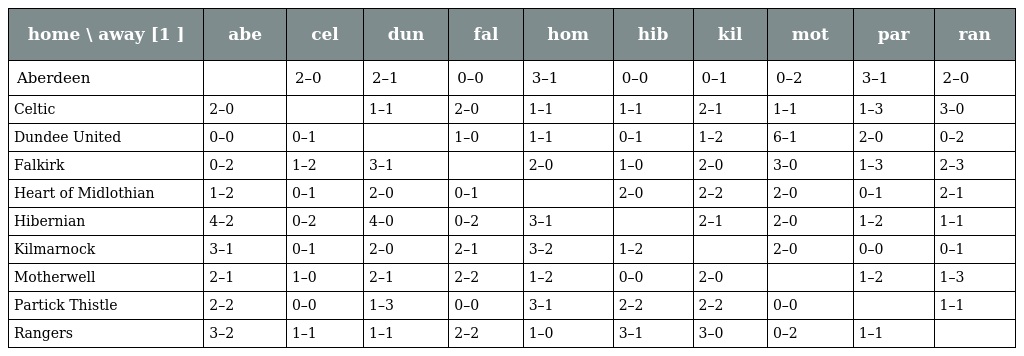
| home \ away [1 ] | abe | cel | dun | fal | hom | hib | kil | mot | par | ran |
 | --- | --- | --- | --- | --- | --- | --- | --- | --- | --- | --- |
 | Aberdeen |  | 2–0 | 2–1 | 0–0 | 3–1 | 0–0 | 0–1 | 0–2 | 3–1 | 2–0 |
 | Celtic | 2–0 |  | 1–1 | 2–0 | 1–1 | 1–1 | 2–1 | 1–1 | 1–3 | 3–0 |
 | Dundee United | 0–0 | 0–1 |  | 1–0 | 1–1 | 0–1 | 1–2 | 6–1 | 2–0 | 0–2 |
 | Falkirk | 0–2 | 1–2 | 3–1 |  | 2–0 | 1–0 | 2–0 | 3–0 | 1–3 | 2–3 |
 | Heart of Midlothian | 1–2 | 0–1 | 2–0 | 0–1 |  | 2–0 | 2–2 | 2–0 | 0–1 | 2–1 |
 | Hibernian | 4–2 | 0–2 | 4–0 | 0–2 | 3–1 |  | 2–1 | 2–0 | 1–2 | 1–1 |
 | Kilmarnock | 3–1 | 0–1 | 2–0 | 2–1 | 3–2 | 1–2 |  | 2–0 | 0–0 | 0–1 |
 | Motherwell | 2–1 | 1–0 | 2–1 | 2–2 | 1–2 | 0–0 | 2–0 |  | 1–2 | 1–3 |
 | Partick Thistle | 2–2 | 0–0 | 1–3 | 0–0 | 3–1 | 2–2 | 2–2 | 0–0 |  | 1–1 |
 | Rangers | 3–2 | 1–1 | 1–1 | 2–2 | 1–0 | 3–1 | 3–0 | 0–2 | 1–1 |  |